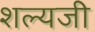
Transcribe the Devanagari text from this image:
शल्यजी